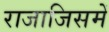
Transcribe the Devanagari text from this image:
राजाजिसमें